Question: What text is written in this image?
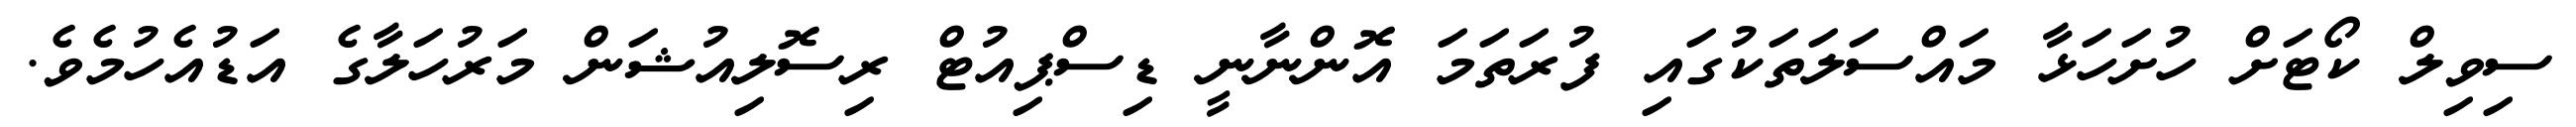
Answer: ސިވިލް ކޯޓަށް ހުށަހަޅާ މައްސަލަތަކުގައި ފުރަތަމަ އޮންނާނީ ޑިސްޕިއުޓް ރިސޮލިއުޝަން މަރުހަލާގެ އަޑުއެހުމެވެ.